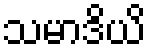
သမာဒိယိ